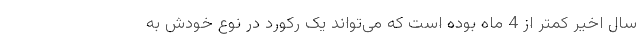
سال اخیر کمتر از 4 ماه بوده است که می‌تواند یک رکورد در نوع خودش به